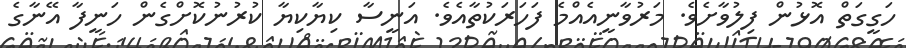
ހަގީގަތް އޮޅުން ފިލުވާށެވެ. މަރުވާނީއެއްމެ ފަހަރަކުތާއެވެ. އަނީސާ ކިޔާކިޔާ ކުރުނުކޮށްގެން ހަނީފާ އޭނާގެ